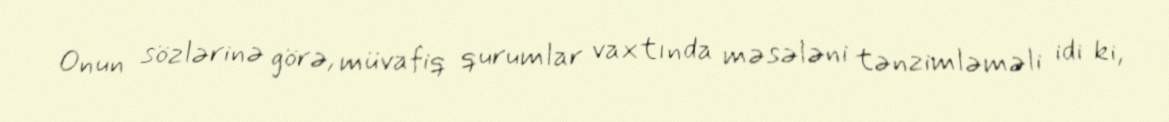
Onun sözlərinə görə, müvafiq qurumlar vaxtında məsələni tənzimləməli idi ki,